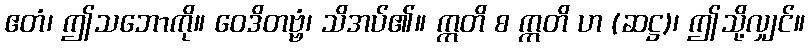
ဧတံ၊ ဤသဘောကို။ ဝေဒိတဗ္ဗံ၊ သိအပ်၏။ ဣတိ စ ဣတိ ဟ (ဆဋ္ဌ)၊ ဤသို့လျှင်။